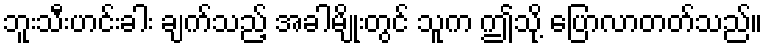
ဘူးသီးဟင်းခါး ချက်သည့် အခါမျိုးတွင် သူက ဤသို့ ပြောလာတတ်သည်။